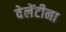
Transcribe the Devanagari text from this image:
वेलेंटीना